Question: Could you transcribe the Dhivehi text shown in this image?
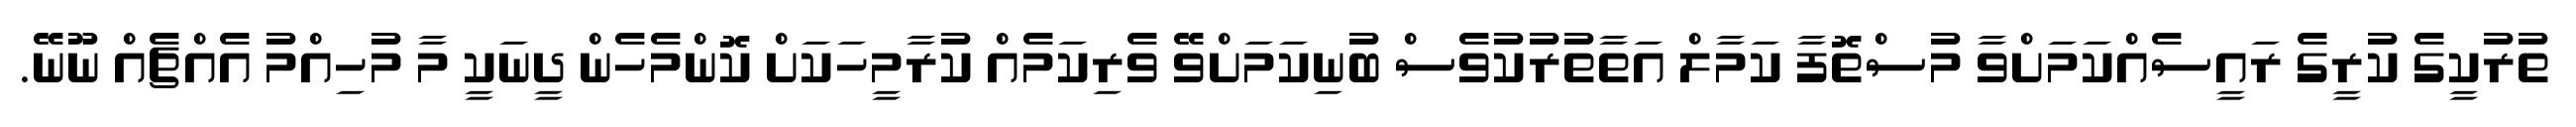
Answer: ތުރުކީގެ ކުރީގެ ރައީސެއްކަމަށްވާ މުސްތޮފާ ކަމާލް އަތާތުރުކުވެސް ބުނިކަމަށްވޭ ވެރިކަމެއް ކުރާމީހަކަށް ކޮންމެހެން ދީނަކީ މާ މުހިއްމު އެއްޗެއް ނޫނޭ.